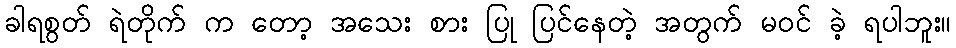
ခါရစွတ် ရဲတိုက် က တော့ အသေး စား ပြု ပြင်နေတဲ့ အတွက် မဝင် ခဲ့ ရပါဘူး။